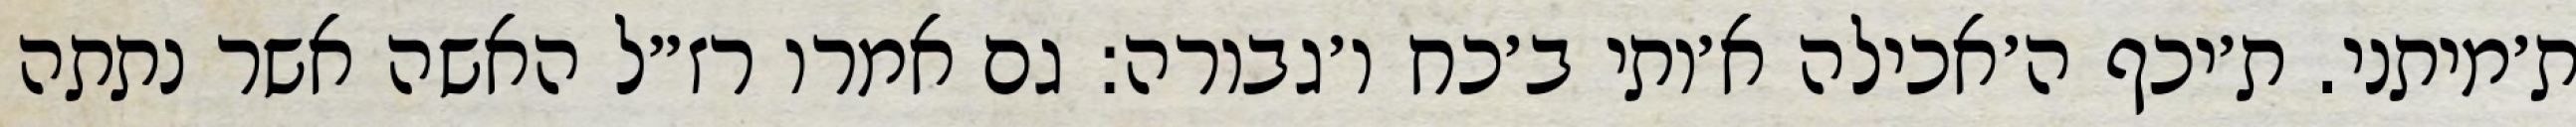
ת׳מיתני. ת׳יכף ה׳אכילה א׳ותי ב׳כח ו׳גבורה: גם אמרו רז״ל האשה אשר נתתה